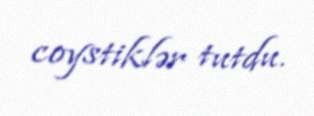
coystiklər tutdu.